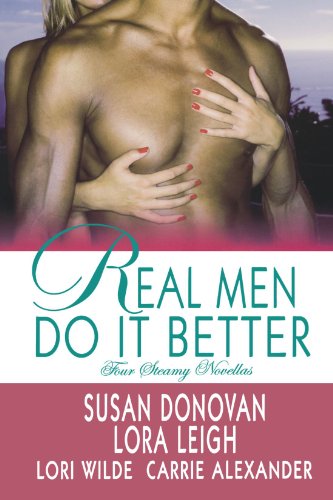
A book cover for Real Men Do It Better; Lora Leigh; Romance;